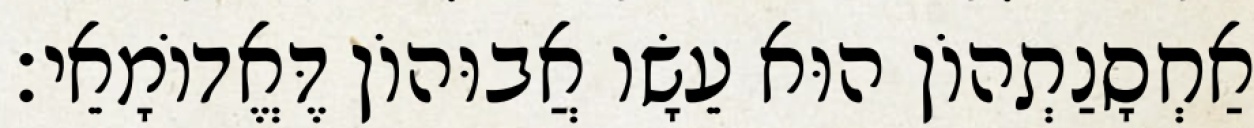
אַחְסָנַתְהוֹן הוּא עֵשָׂו אֲבוּהוֹן דֶּאֱדוֹמָאֵי׃